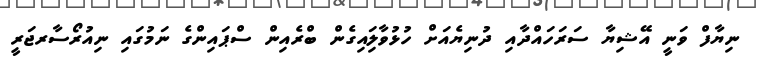
ނިޔާފް ވަނީ އޭޝިޔާ ސަރަހައްދާއި ދުނިޔެއަށް ހުޅުވާލަިއިގެން ބްރެއިން ސްޕައިންގެ ނަމުގައި ނިއުރޯސާރޖަރީ